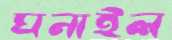
ঘনাইল